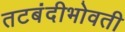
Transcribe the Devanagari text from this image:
तटबंदीभोवती